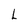
Character: L